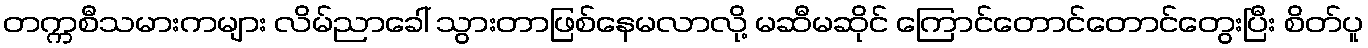
တက္ကစီသမားကများ လိမ်ညာခေါ် သွားတာဖြစ်နေမလာလို့ မဆီမဆိုင် ကြောင်တောင်တောင်တွေးပြီး စိတ်ပူ